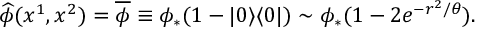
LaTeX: \widehat { \phi } ( x ^ { 1 } , x ^ { 2 } ) = \overline { { { \phi } } } \equiv \phi _ { * } ( 1 - | 0 \rangle \langle 0 | ) \sim \phi _ { * } ( 1 - 2 e ^ { - r ^ { 2 } / \theta } ) .